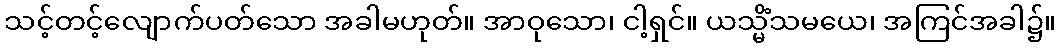
သင့်တင့်လျောက်ပတ်သော အခါမဟုတ်။ အာဝုသော၊ ငါ့ရှင်။ ယသ္မိံသမယေ၊ အကြင်အခါ၌။